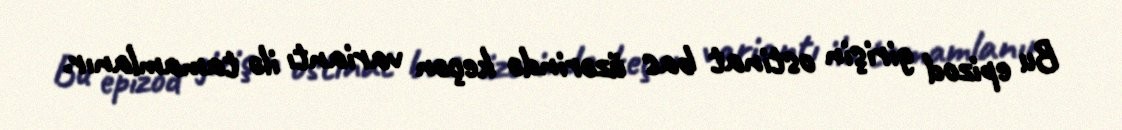
Bu epizod girişin ostinat bas üzərində keçən variantı ilə tamamlanır.